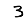
Digit: 3